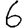
Digit: 6